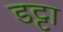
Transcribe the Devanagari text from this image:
डट्टा